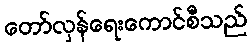
တော်လှန်ရေးကောင်စီသည်